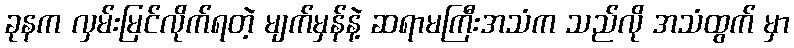
ခုနက လှမ်းမြင်လိုက်ရတဲ့ မျက်မှန်နဲ့ ဆရာမကြီးအသံက သည်လို အသံထွက် မှာ